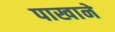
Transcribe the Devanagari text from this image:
पाखाने